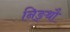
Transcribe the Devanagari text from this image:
निङ्थौ